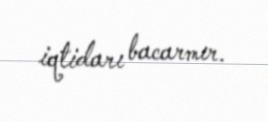
iqtidarı bacarmır.